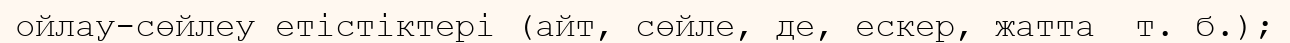
ойлау-сөйлеу етістіктері (айт, сөйле, де, ескер, жатта  т. б.);